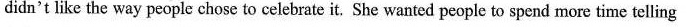
didn't like the way people chose to celebrate it. She wanted people to spend more time telling